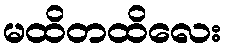
မထိတထိလေး